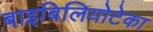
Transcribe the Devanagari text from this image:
बाइबिलियोटेका